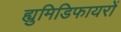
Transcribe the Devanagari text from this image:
ह्युमिडिफायरों